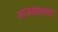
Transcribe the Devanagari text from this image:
आजकालचा